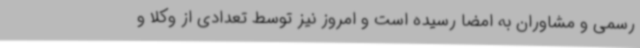
رسمی و مشاوران به امضا رسیده است و امروز نیز توسط تعدادی از وکلا و